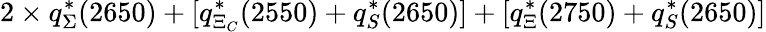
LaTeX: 2\times q_{\Sigma}^{\ast}(2650)+[q_{\Xi_{C}}^{\ast}(2550)+q_{S}^{\ast}(2650)]+[q_{\Xi}^{\ast}(2750)+q_{S}^{\ast}(2650)]